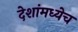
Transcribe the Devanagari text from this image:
देशांमध्येच